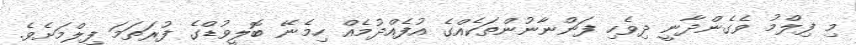
މި ފިލްމު ވެގެންދާނީ ދިވެހި ފަންނާނުންތަކެއްގެ އުފެއްދުމެއް ހިމެނޭ ބޮލީވުޑްގެ ފުރަތަމަ ފިލްމަށެވެ.